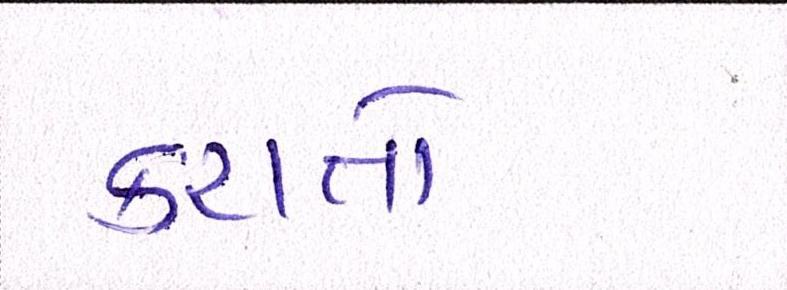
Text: કરાતો